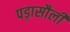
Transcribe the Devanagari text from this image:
पड़ासौली